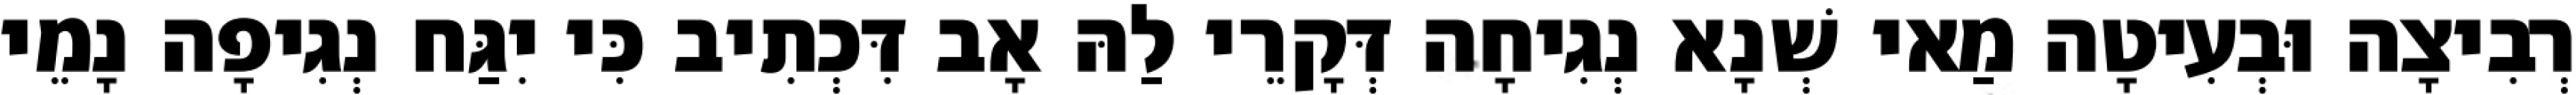
רְבִיצָה וּבְעִיטָה מַאי שְׁנָא נְגִיחָה דְּקָרֵי לַהּ אָב דִּכְתִיב כִּי יִגַּח נְגִיפָה נָמֵי